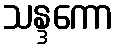
သန္ဒကော